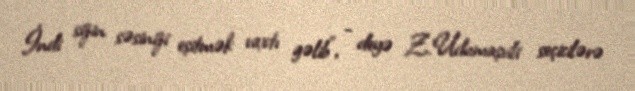
İndi sizin səsinizi eşitmək vaxtı gəlib", - deyə Z.Udumaşvili seçicilərə